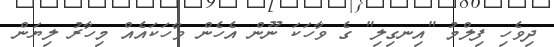
ދިވެހި ފިލްމު "އިނގިލި" ގެ ވާހަކަ ނޫން އެހެން ވާހަކައެއް މިހާރު ލިޔަން